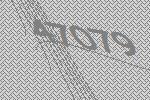
47079